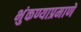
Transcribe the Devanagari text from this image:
भुंकण्याप्रमाणे